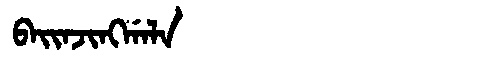
Manchu: ᠪᠠᡳᠨᠵᡳᠩᡤᠠᠯᠠ
Romanization: BAINJINGGALA